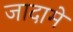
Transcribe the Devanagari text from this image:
जादामे